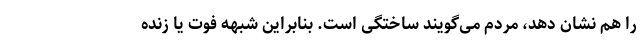
را هم نشان دهد، مردم می‌گویند ساختگی است. بنابراین شبهه فوت یا زنده